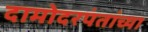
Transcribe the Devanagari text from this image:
दामोदरपंतांच्या